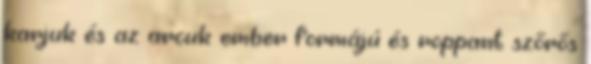
karjuk és az arcuk ember formájú és roppant szőrős